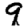
Digit: 9